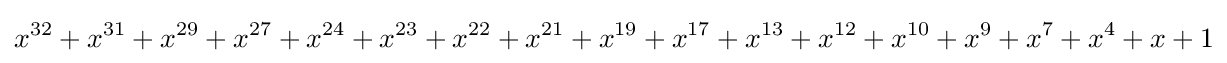
x^{32}+x^{31}+x^{29}+x^{27}+x^{24}+x^{23}+x^{22}+x^{21}+x^{19}+x^{17}+x^{13}+x^{12}+x^{10}+x^{9}+x^{7}+x^{4}+x+1